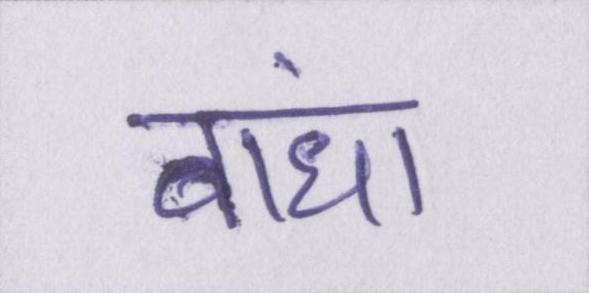
बांधा